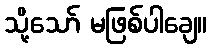
သို့သော် မဖြစ်ပါချေ။